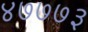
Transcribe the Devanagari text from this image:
४७७७३